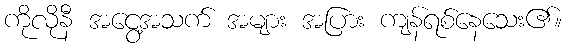
ကိုလိုနီ အငွေ့အသက် အများ အပြား ကျန်ရစ်နေသေး၏။